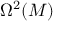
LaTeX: \Omega ^ { 2 } ( M )